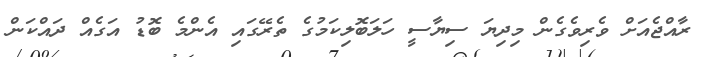
ރާއްޖެއަށް ވެރިވެގެން މިދިޔަ ސިޔާސީ ހަލަބޮލިކަމުގެ ތެރޭގައި އެންމެ ބޮޑު އަގެއް ދައްކަން